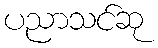
ပညာသင်ဆု